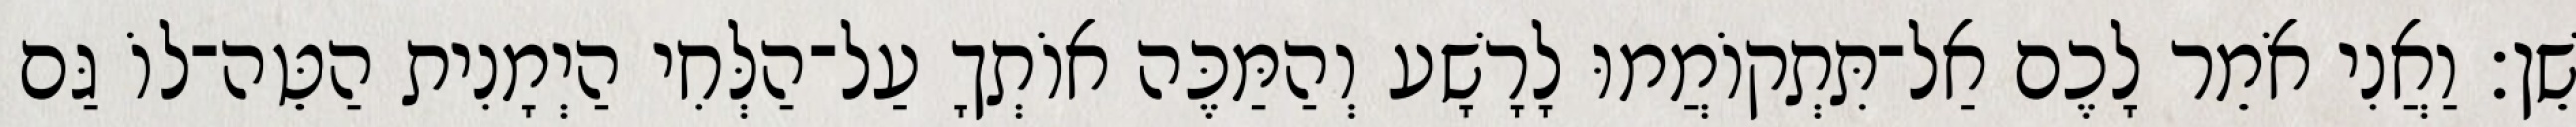
שֵׁן׃ וַאֲנִי אֹמֵר לָכֶם אַל־תִּתְקוֹמֲמוּ לָרָשָׁע וְהַמַּכֶּה אוֹתְךָ עַל־הַלְּחִי הַיְמָנִית הַטֵּה־לוֹ גַּם